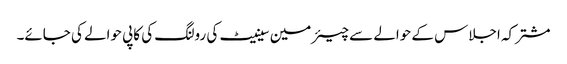
مشترکہ اجلاس کے حوالے سے چیئرمین سینیٹ کی رولنگ کی کاپی حوالے کی جائے۔